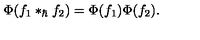
\Phi ( f _ { 1 } \ast _ { \hbar } f _ { 2 } ) = \Phi ( f _ { 1 } ) \Phi ( f _ { 2 } ) .